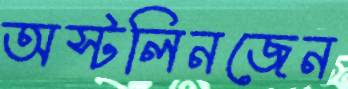
অস্টলিনজেন